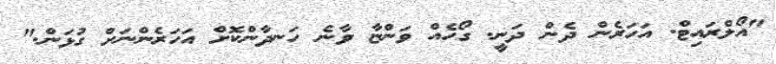
"އޯލްރައިޓް. އަހަރެން ދެން ދަނީ. ގޯހެއް ވަންޏާ ވާނެ ހަނދާންކޮށް އަހަރެންނަށް ގުޅަން."